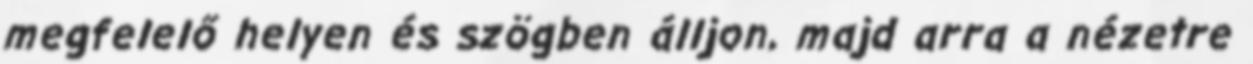
megfelelő helyen és szögben álljon, majd arra a nézetre